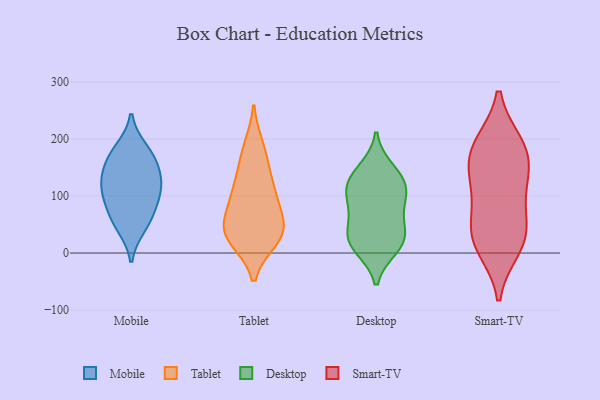
{"axis": {"x": "Backlog", "y": "Value"}, "legend": ["Desktop", "Mobile", "Smart-TV", "Tablet"], "data": [{"x": "", "y": 182, "type": "Mobile"}, {"x": "", "y": 115, "type": "Mobile"}, {"x": "", "y": 102, "type": "Mobile"}, {"x": "", "y": 119, "type": "Mobile"}, {"x": "", "y": 170, "type": "Mobile"}, {"x": "", "y": 59, "type": "Mobile"}, {"x": "", "y": 157, "type": "Mobile"}, {"x": "", "y": 46, "type": "Mobile"}, {"x": "", "y": 79, "type": "Mobile"}, {"x": "", "y": 135, "type": "Mobile"}, {"x": "", "y": 112, "type": "Tablet"}, {"x": "", "y": 170, "type": "Tablet"}, {"x": "", "y": 103, "type": "Tablet"}, {"x": "", "y": 53, "type": "Tablet"}, {"x": "", "y": 33, "type": "Tablet"}, {"x": "", "y": 81, "type": "Tablet"}, {"x": "", "y": 127, "type": "Tablet"}, {"x": "", "y": 186, "type": "Tablet"}, {"x": "", "y": 27, "type": "Tablet"}, {"x": "", "y": 49, "type": "Tablet"}, {"x": "", "y": 24, "type": "Tablet"}, {"x": "", "y": 34, "type": "Tablet"}, {"x": "", "y": 73, "type": "Desktop"}, {"x": "", "y": 121, "type": "Desktop"}, {"x": "", "y": 145, "type": "Desktop"}, {"x": "", "y": 25, "type": "Desktop"}, {"x": "", "y": 122, "type": "Desktop"}, {"x": "", "y": 27, "type": "Desktop"}, {"x": "", "y": 25, "type": "Desktop"}, {"x": "", "y": 83, "type": "Desktop"}, {"x": "", "y": 113, "type": "Desktop"}, {"x": "", "y": 11, "type": "Desktop"}, {"x": "", "y": 189, "type": "Smart-TV"}, {"x": "", "y": 105, "type": "Smart-TV"}, {"x": "", "y": 32, "type": "Smart-TV"}, {"x": "", "y": 117, "type": "Smart-TV"}, {"x": "", "y": 11, "type": "Smart-TV"}, {"x": "", "y": 175, "type": "Smart-TV"}, {"x": "", "y": 45, "type": "Smart-TV"}, {"x": "", "y": 151, "type": "Smart-TV"}, {"x": "", "y": 186, "type": "Smart-TV"}, {"x": "", "y": 27, "type": "Smart-TV"}]}